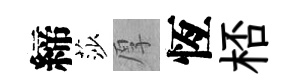
締莎厚恆桮